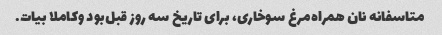
متاسفانه نان همراه‌مرغ سوخاری، برای تاریخ سه روز قبل‌بود و‌کاملا بیات.